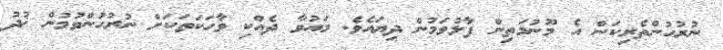
ނުރުހުންތެރިކަން އެ މޫނުމަތިން ފާޅުވަމުން ދިޔައެވެ. މައުވާ ދެއްކި ވާހަކަތަކަށް ނުރުހުންވުމުން ޚުދު